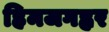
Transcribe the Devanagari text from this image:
हिमजगह्वर